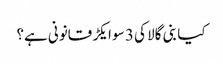
کیا بنی گالا کی 3 سو ایکڑ قانونی ہے؟